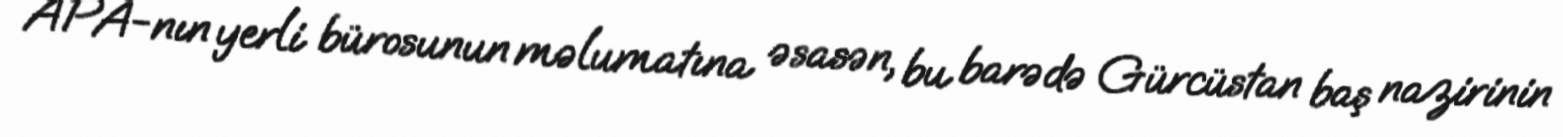
APA-nın yerli bürosunun məlumatına əsasən, bu barədə Gürcüstan baş nazirinin